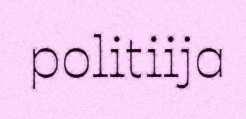
politiija